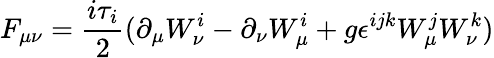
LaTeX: F_{\mu\nu}=\frac{i\tau_{i}}{2}(\partial_{\mu}W_{\nu}^{i}-\partial_{\nu}W_{\mu}^{i}+g\epsilon^{ijk}W_{\mu}^{j}W_{\nu}^{k})